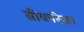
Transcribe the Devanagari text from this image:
सीवनरेखा